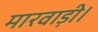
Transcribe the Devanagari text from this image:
मारवाड़ी।